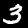
Digit: 3